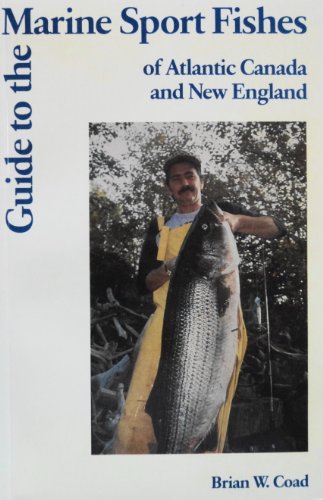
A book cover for Guide to the Marine Sport Fishes of Atlantic Canada and New England; Brian W. Coad; Sports & Outdoors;